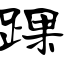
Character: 踝